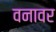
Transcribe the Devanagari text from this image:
वनावर